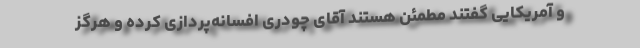
و آمریکایی گفتند مطمئن هستند آقای چودری افسانه‌پردازی کرده و هرگز